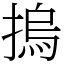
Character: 摀